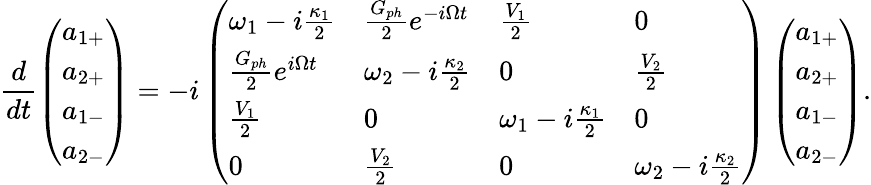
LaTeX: \frac{d}{dt}\left(\begin{array}{l}{a_{1+}}\\ {a_{2+}}\\ {a_{1-}}\\ {a_{2-}}\end{array}\right)=-i\left(\begin{array}{llll}{\omega_{1}-i\frac{\kappa_{1}}{2}}&{\frac{G_{ph}}{2}e^{-i\Omega t}}&{\frac{V_{1}}{2}}&{0}\\ {\frac{G_{ph}}{2}e^{i\Omega t}}&{\omega_{2}-i\frac{\kappa_{2}}{2}}&{0}&{\frac{V_{2}}{2}}\\ {\frac{V_{1}}{2}}&{0}&{\omega_{1}-i\frac{\kappa_{1}}{2}}&{0}\\ {0}&{\frac{V_{2}}{2}}&{0}&{\omega_{2}-i\frac{\kappa_{2}}{2}}\end{array}\right)\left(\begin{array}{l}{a_{1+}}\\ {a_{2+}}\\ {a_{1-}}\\ {a_{2-}}\end{array}\right).